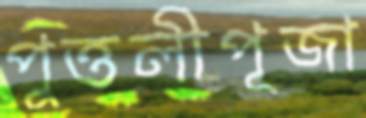
পুত্তলীপূজা